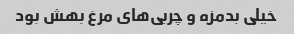
خیلی بدمزه و چربی‌های مرغ بهش بود